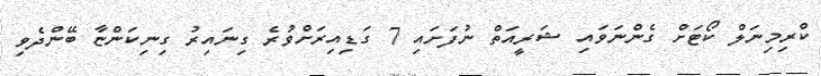
ކްރިމިނަލް ކޯޓަށް ގެންނަވައި ޝަރީއަތް ނުފަށައި 7 ގަޑިއިރަށްވުރެ ގިނައިރު ގިނިކަންޏާ ބޭންދެވި